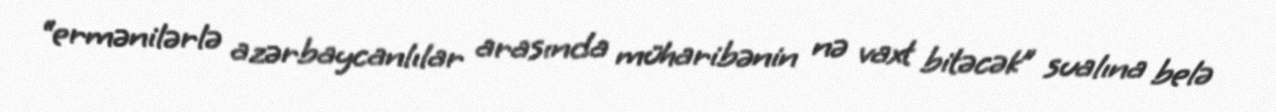
“ermənilərlə azərbaycanlılar arasında müharibənin nə vaxt bitəcək” sualına belə